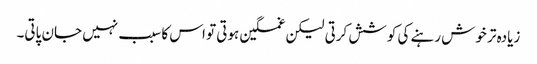
زیادہ تر خوش رہنے کی کوشش کرتی لیکن غمگین ہوتی تو اس کا سبب نہیں جان پاتی۔